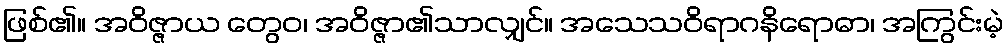
ဖြစ်၏။ အဝိဇ္ဇာယ တွေဝ၊ အဝိဇ္ဇာ၏သာလျှင်။ အသေသဝိရာဂနိရောဓာ၊ အကြွင်းမဲ့